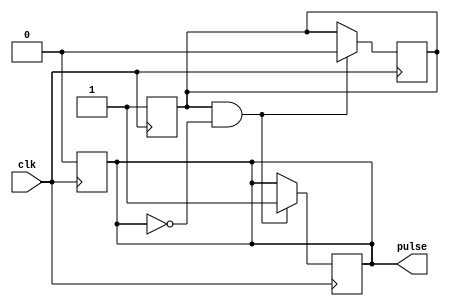
module Rising_Edge_Pulse_Generator (
    input wire clk,
    output reg pulse
);

reg pulse_sync;

always @(posedge clk) begin
    pulse_sync <= 1'b1;
    pulse <= 1'b0;
end

always @(posedge clk) begin
    if (pulse_sync && !pulse) begin
        pulse <= 1'b1;
        pulse_sync <= 1'b0;
    end
end

endmodule